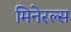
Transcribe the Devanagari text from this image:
मिनेरल्स